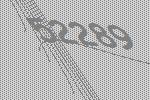
52289